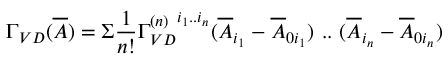
\Gamma _ { V D } ( \overline { { { A } } } ) = \Sigma \frac { 1 } { n ! } { \Gamma _ { V D } ^ { ( n ) } } ^ { i _ { 1 } . . i _ { n } } ( \overline { { { A } } } _ { i _ { 1 } } - \overline { { { A } } } _ { 0 i _ { 1 } } ) \ . . \ ( \overline { { { A } } } _ { i _ { n } } - \overline { { { A } } } _ { 0 i _ { n } } )